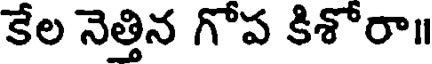
కేల నెత్తిన గోప కిశోరా॥